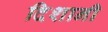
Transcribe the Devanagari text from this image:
दिशानी